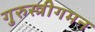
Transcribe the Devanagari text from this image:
गुरुस्त्रीगमन